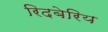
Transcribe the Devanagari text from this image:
रिदबेरिय